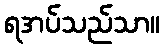
ရအပ်သည်သာ။